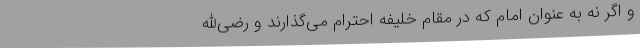
و اگر نه به عنوان امام که در مقام خلیفه احترام می‌گذارند و رضی‌الله